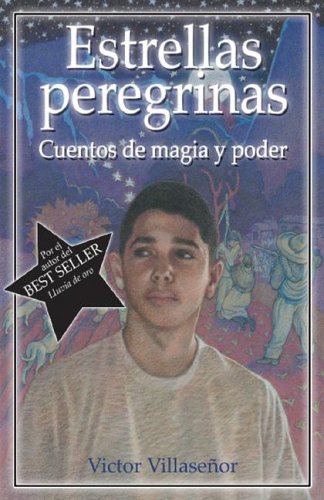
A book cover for Estrellas Peregrinas / Walking Stars: Cuentos de Magia y Poder / Magic and Power Stories (Spanish Edition); Victor Villasenor; Teen & Young Adult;